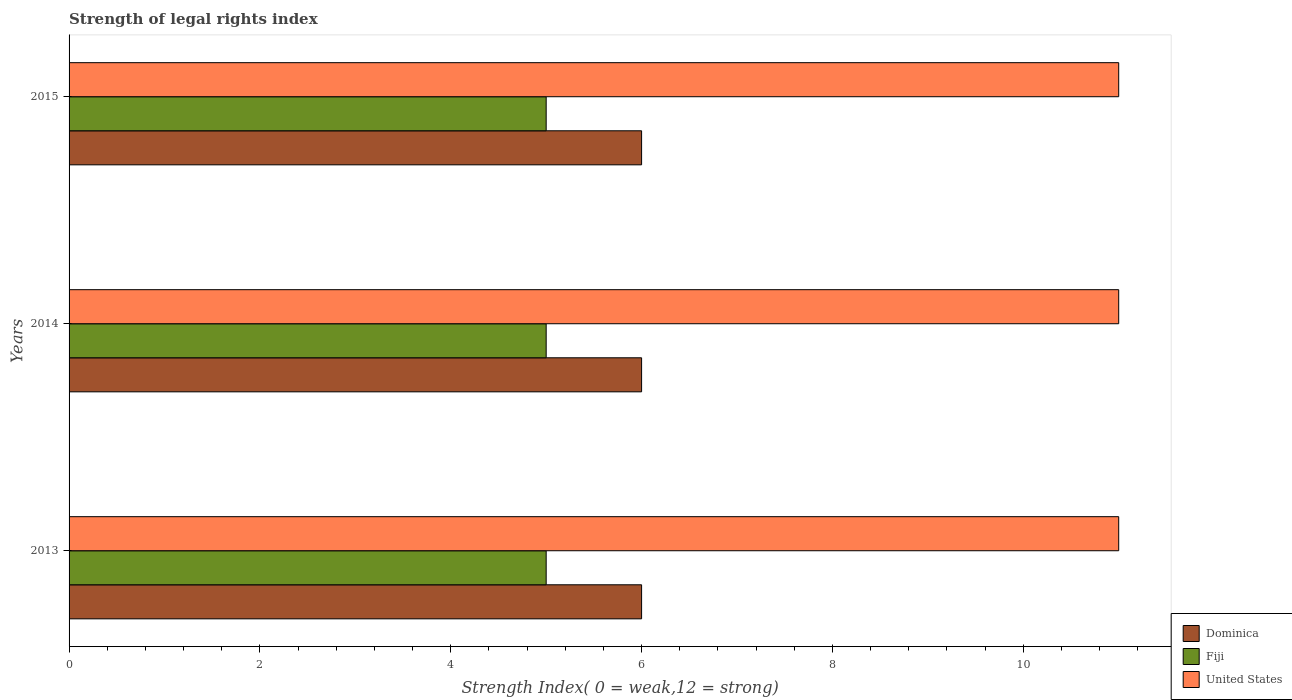
| Years | Dominica | Fiji | United States |
 | --- | --- | --- | --- |
 | 2013 | 6 | 5 | 11 |
 | 2014 | 6 | 5 | 11 |
 | 2015 | 6 | 5 | 11 |